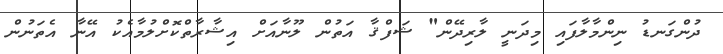
ދުންގަނޑު ނިންމާލާފައި މިދަނީ ލާރިދޭން" ޝަފްޤާ އަތުން ލޫނާއަށް އިޝާރާތްކޮށްލުމާއެކު އޭނާ އެތަނުން